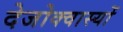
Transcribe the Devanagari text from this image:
देजोक्वास्यों